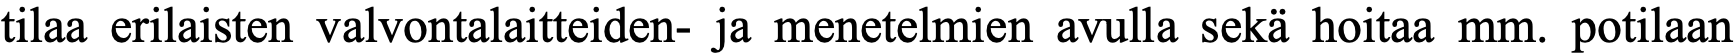
tilaa erilaisten valvontalaitteiden- ja menetelmien avulla sekä hoitaa mm. potilaan